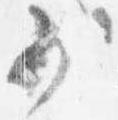
少